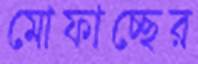
মোফাচ্ছের